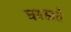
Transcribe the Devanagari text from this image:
घबडाते